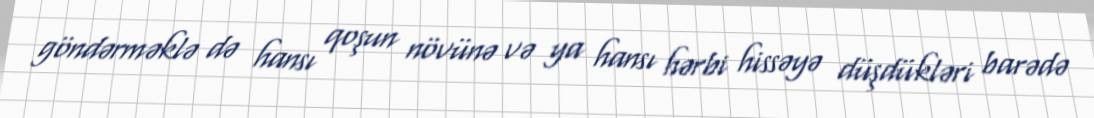
göndərməklə də hansı qoşun növünə və ya hansı hərbi hissəyə düşdükləri barədə